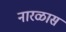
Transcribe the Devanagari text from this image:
नारळास